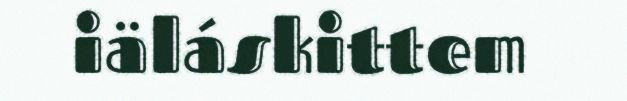
iäláskittem